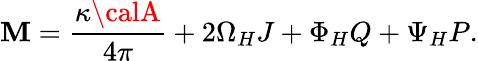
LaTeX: \mathbf{M}={\frac{{\kappa{\calA}}}{{4\pi}}}+2\Omega_{H}J+\Phi_{H}Q+\Psi_{H}P.